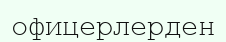
офицерлерден